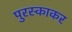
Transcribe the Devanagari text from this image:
पुरस्काकर